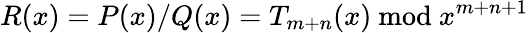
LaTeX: R(x)=P(x)/Q(x)=T_{m+n}(x){\mathrm{~mod~}}x^{m+n+1}